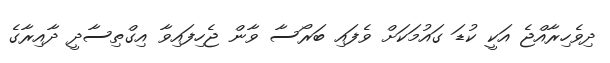
ދިވެހިރާއްޖެ އަކީ ކުޑަ ގައުމަކަށް ވެފައި ބަރޯސާ ވާން ޖެހިފައިވާ އިގްތިސާދީ ދާއިރާގެ